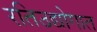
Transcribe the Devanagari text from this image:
रतिउद्योगात